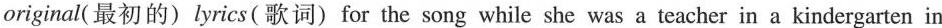
original(最初的) lyrics(歌词) for the song while she was a teacher in a kindergarten in